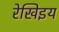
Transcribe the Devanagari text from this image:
रेखिइय